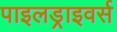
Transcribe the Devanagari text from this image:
पाइलड्राइवर्स